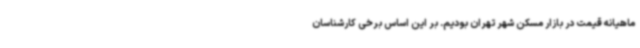
ماهیانه قیمت در بازار مسکن شهر تهران بودیم. بر این اساس برخی کارشناسان